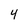
Character: 4